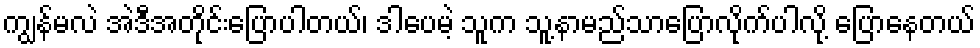
ကျွန်မလဲ အဲဒီအတိုင်းပြောပါတယ်၊ ဒါပေမဲ့ သူက သူ့နာမည်သာပြောလိုက်ပါလို့ ပြောနေတယ်